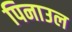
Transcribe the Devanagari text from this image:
पिनाउल